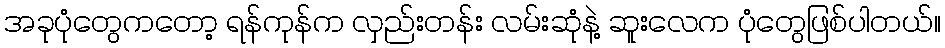
အခုပုံတွေကတော့ ရန်ကုန်က လှည်းတန်း လမ်းဆုံနဲ့ ဆူးလေက ပုံတွေဖြစ်ပါတယ်။